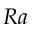
R a